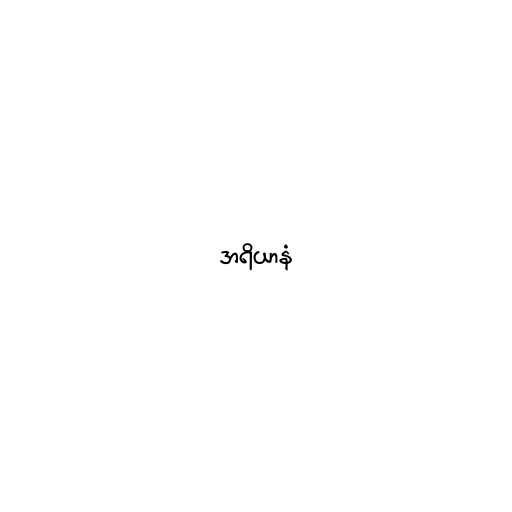
အရိယာနံ